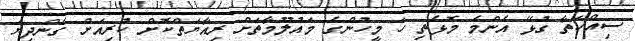
ސިއްހަތާ ގުޅޭ އެންމެ މޮޅެތި ހަ މީހުންގެ މައުލޫމާތަށް ރިއާޔަތްކޮށް ކުރިއަށް ގެންދިޔަ